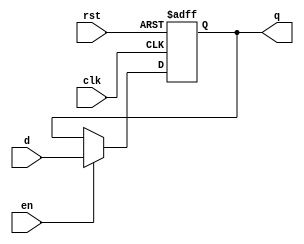
module adffe( input d, clk, rst, en, output reg q );
	always @( posedge clk, posedge rst )
		if (rst)
			q <= 0;
		else
			if (en)
				q <= d;
endmodule